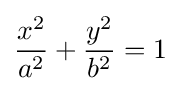
{\frac {x^{2}}{a^{2}}}+{\frac {y^{2}}{b^{2}}}=1\;